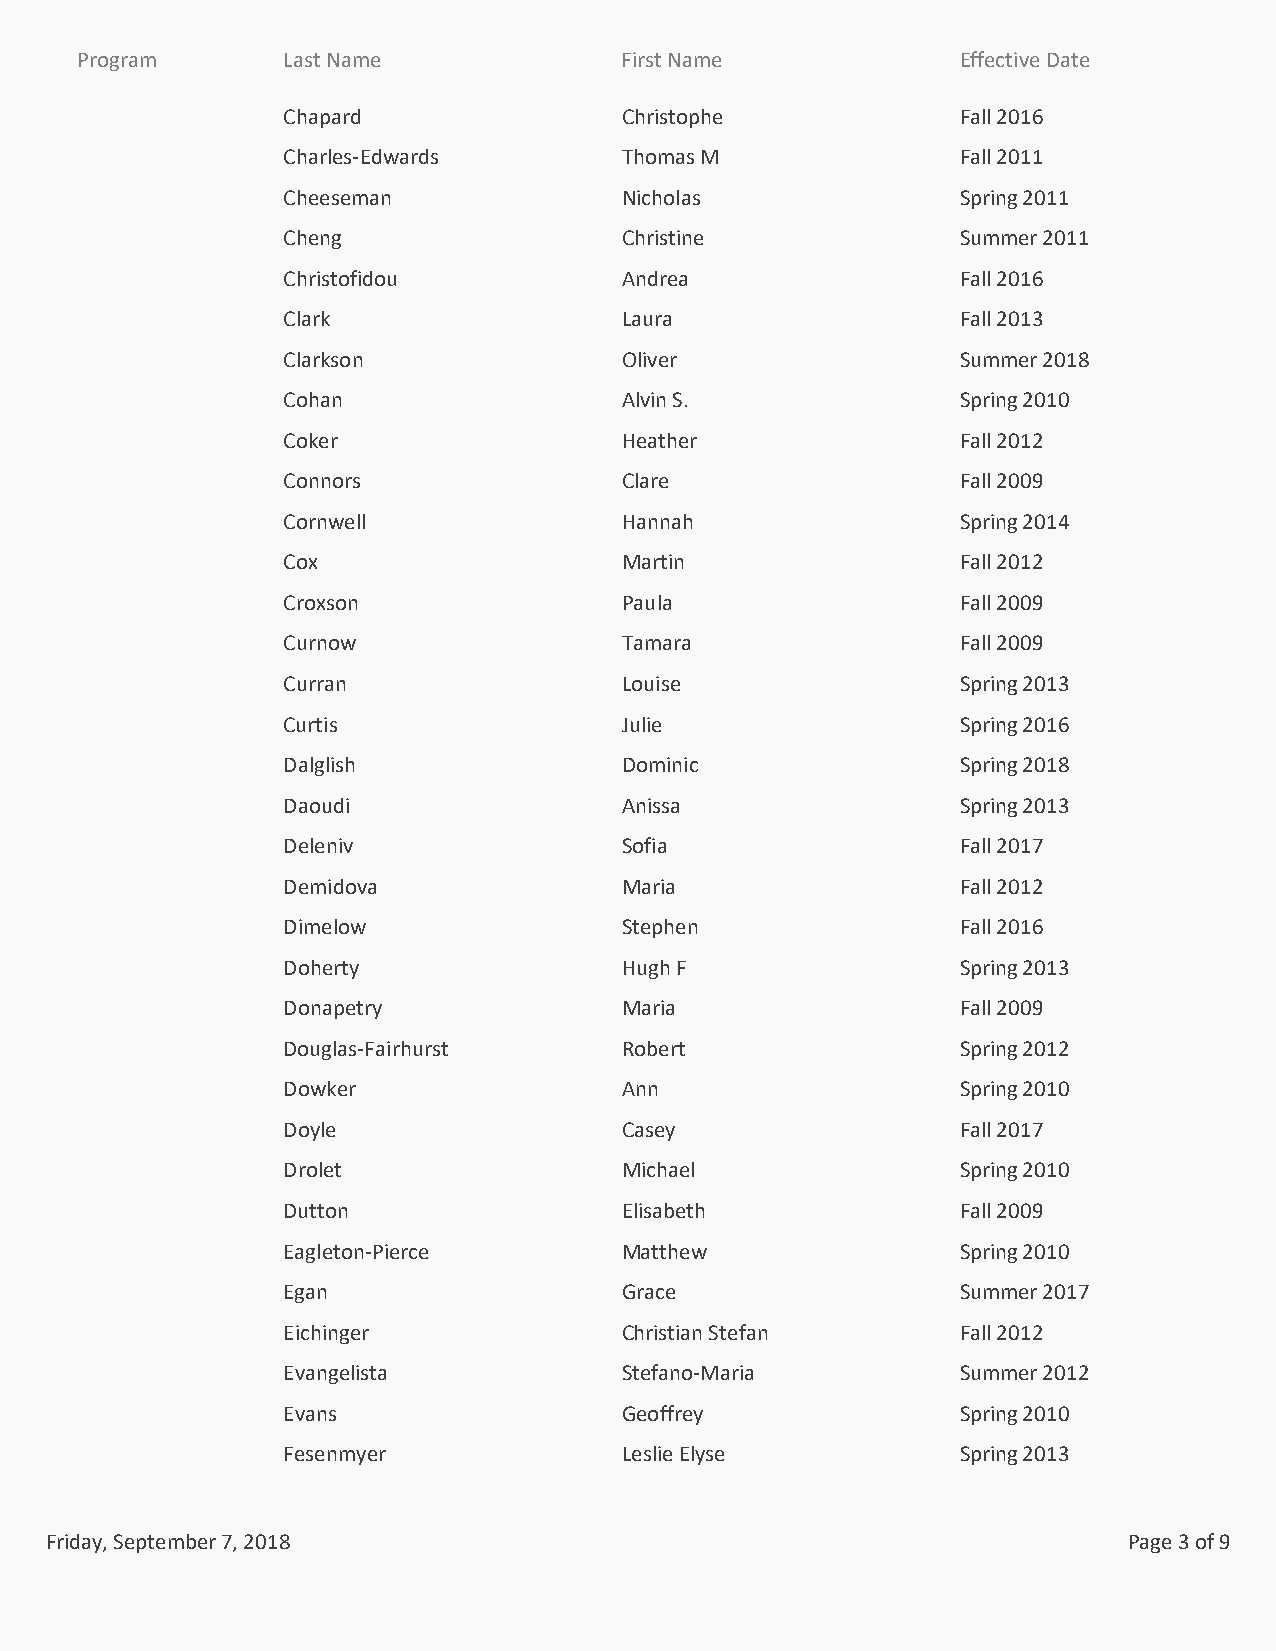
Program       Last Name             First Name            Effective Date
 Chapard               Christophe            Fall 2016
 Charles-Edwards       Thomas M              Fall 2011
 Cheeseman             Nicholas              Spring 2011
 Cheng                 Christine             Summer 2011
 Christofidou          Andrea                Fall 2016
 Clark                 Laura                 Fall 2013
 Clarkson              Oliver                Summer 2018
 Cohan                 Alvin S.              Spring 2010
 Coker                 Heather               Fall 2012
 Connors               Clare                 Fall 2009
 Cornwell              Hannah                Spring 2014
 Cox                   Martin                Fall 2012
 Croxson               Paula                 Fall 2009
 Curnow                Tamara                Fall 2009
 Curran                Louise                Spring 2013
 Curtis                Julie                 Spring 2016
 Dalglish              Dominic               Spring 2018
 Daoudi                Anissa                Spring 2013
 Deleniv               Sofia                 Fall 2017
 Demidova              Maria                 Fall 2012
 Dimelow               Stephen               Fall 2016
 Doherty               Hugh F                Spring 2013
 Donapetry             Maria                 Fall 2009
 Douglas-Fairhurst     Robert                Spring 2012
 Dowker                Ann                   Spring 2010
 Doyle                 Casey                 Fall 2017
 Drolet                Michael               Spring 2010
 Dutton                Elisabeth             Fall 2009
 Eagleton-Pierce       Matthew               Spring 2010
 Egan                  Grace                 Summer 2017
 Eichinger             Christian Stefan      Fall 2012
 Evangelista           Stefano-Maria         Summer 2012
 Evans                 Geoffrey              Spring 2010
 Fesenmyer             Leslie Elyse          Spring 2013
 Friday, September 7, 2018                                               Page 3 of 9